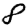
Digit: 8